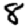
Digit: 8